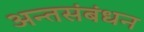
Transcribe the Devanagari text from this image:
अन्तसंबंधन